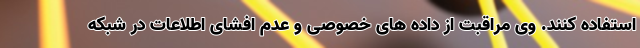
استفاده کنند. وی مراقبت از داده های خصوصی و عدم افشای اطلاعات در شبکه